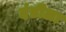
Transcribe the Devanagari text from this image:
दंडीला